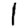
Digit: 1